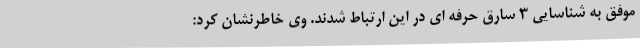
موفق به شناسایی 3 سارق حرفه ای در این ارتباط شدند. وی خاطرنشان کرد: